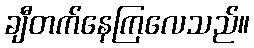
ချီတက်နေကြလေသည်။